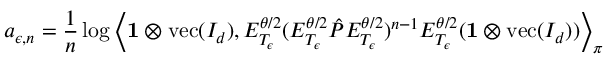
a _ { \epsilon , n } = \frac { 1 } { n } \log \left\langle \mathbf { 1 } \otimes \operatorname { v e c } ( I _ { d } ) , E _ { T _ { \epsilon } } ^ { \theta / 2 } ( E _ { T _ { \epsilon } } ^ { \theta / 2 } \hat { P } E _ { T _ { \epsilon } } ^ { \theta / 2 } ) ^ { n - 1 } E _ { T _ { \epsilon } } ^ { \theta / 2 } ( \mathbf { 1 } \otimes \operatorname { v e c } ( I _ { d } ) ) \right\rangle _ { \boldsymbol \pi }